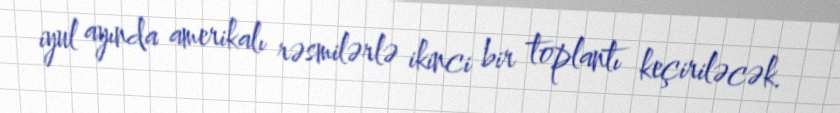
iyul ayında amerikalı rəsmilərlə ikinci bir toplantı keçiriləcək.